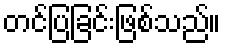
တင်ပြခြင်းဖြစ်သည်။